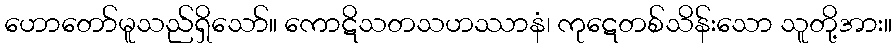
ဟောတော်မူသည်ရှိသော်။ ကောဋိသတသဟဿာနံ၊ ကုဋေတစ်သိန်းသော သူတို့အား။